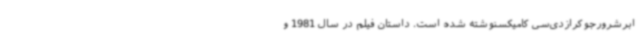
ابرشرورجوکرازدی‌سی کامیکسنوشته شده‌ است. داستان فیلم در سال 1981 و